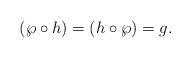
LaTeX: \begin{align*}(\wp\circ h)=(h\circ \wp)=g.\end{align*}